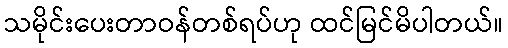
သမိုင်းပေးတာဝန်တစ်ရပ်ဟု ထင်မြင်မိပါတယ်။